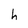
Character: h